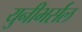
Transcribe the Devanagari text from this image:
युनीभर्सल